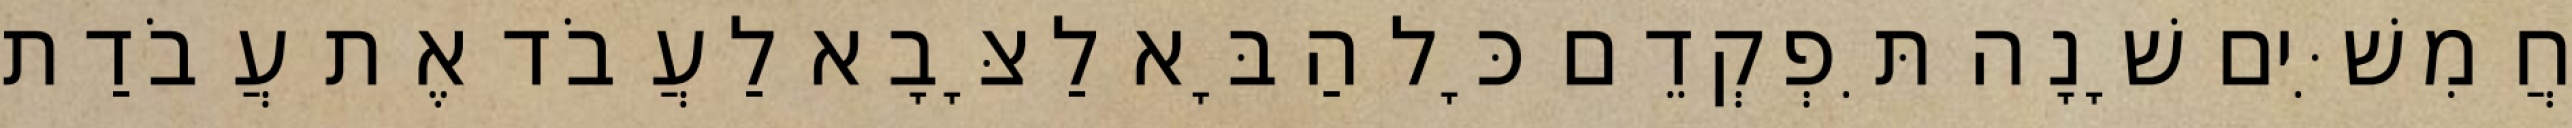
חֲמִשִּׁים שָׁנָה תִּפְקְדֵם כָּל הַבָּא לַצָּבָא לַעֲבֹד אֶת עֲבֹדַת